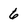
Character: 6